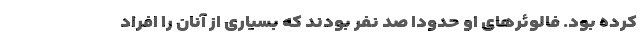
کرده بود. فالوئرهای او حدودا صد نفر بودند که بسیاری از آنان را افراد